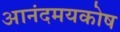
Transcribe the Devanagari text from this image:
आनंदमयकोष